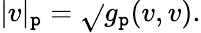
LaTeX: |v|_{\mathtt{p}}={\sqrt{}{{g_{\mathtt{p}}(v,v)}}}.